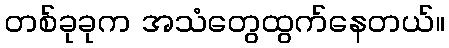
တစ်ခုခုက အသံတွေထွက်နေတယ်။